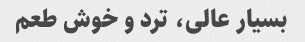
بسیار عالی، ترد و خوش طعم